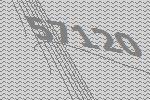
57120